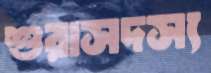
শুরাসদস্য